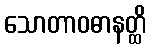
သောတာဝဓာနတ္ထိ